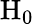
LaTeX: \mathrm{H}_{0}